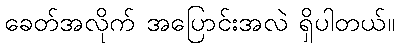
ခေတ်အလိုက် အပြောင်းအလဲ ရှိပါတယ်။